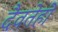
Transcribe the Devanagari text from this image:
दैवतेही